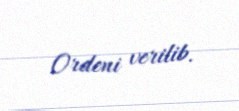
Ordeni verilib.